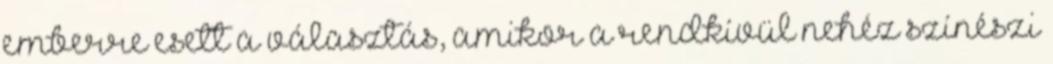
emberre esett a választás, amikor a rendkívül nehéz színészi